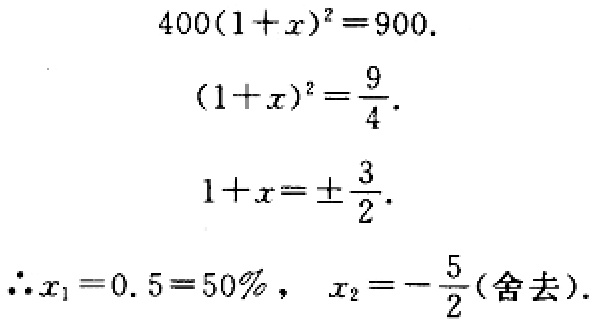
\[
\begin{align*}
400(1 + x)^2&=900\\
(1 + x)^2&=\frac{9}{4}\\
1 + x&=\pm\frac{3}{2}\\
\therefore x_1&=0.5 = 50\%,\ x_2=-\frac{5}{2}(\text{舍去})
\end{align*}
\]